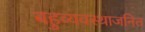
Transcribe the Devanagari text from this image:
बहुव्यवस्थाजनित